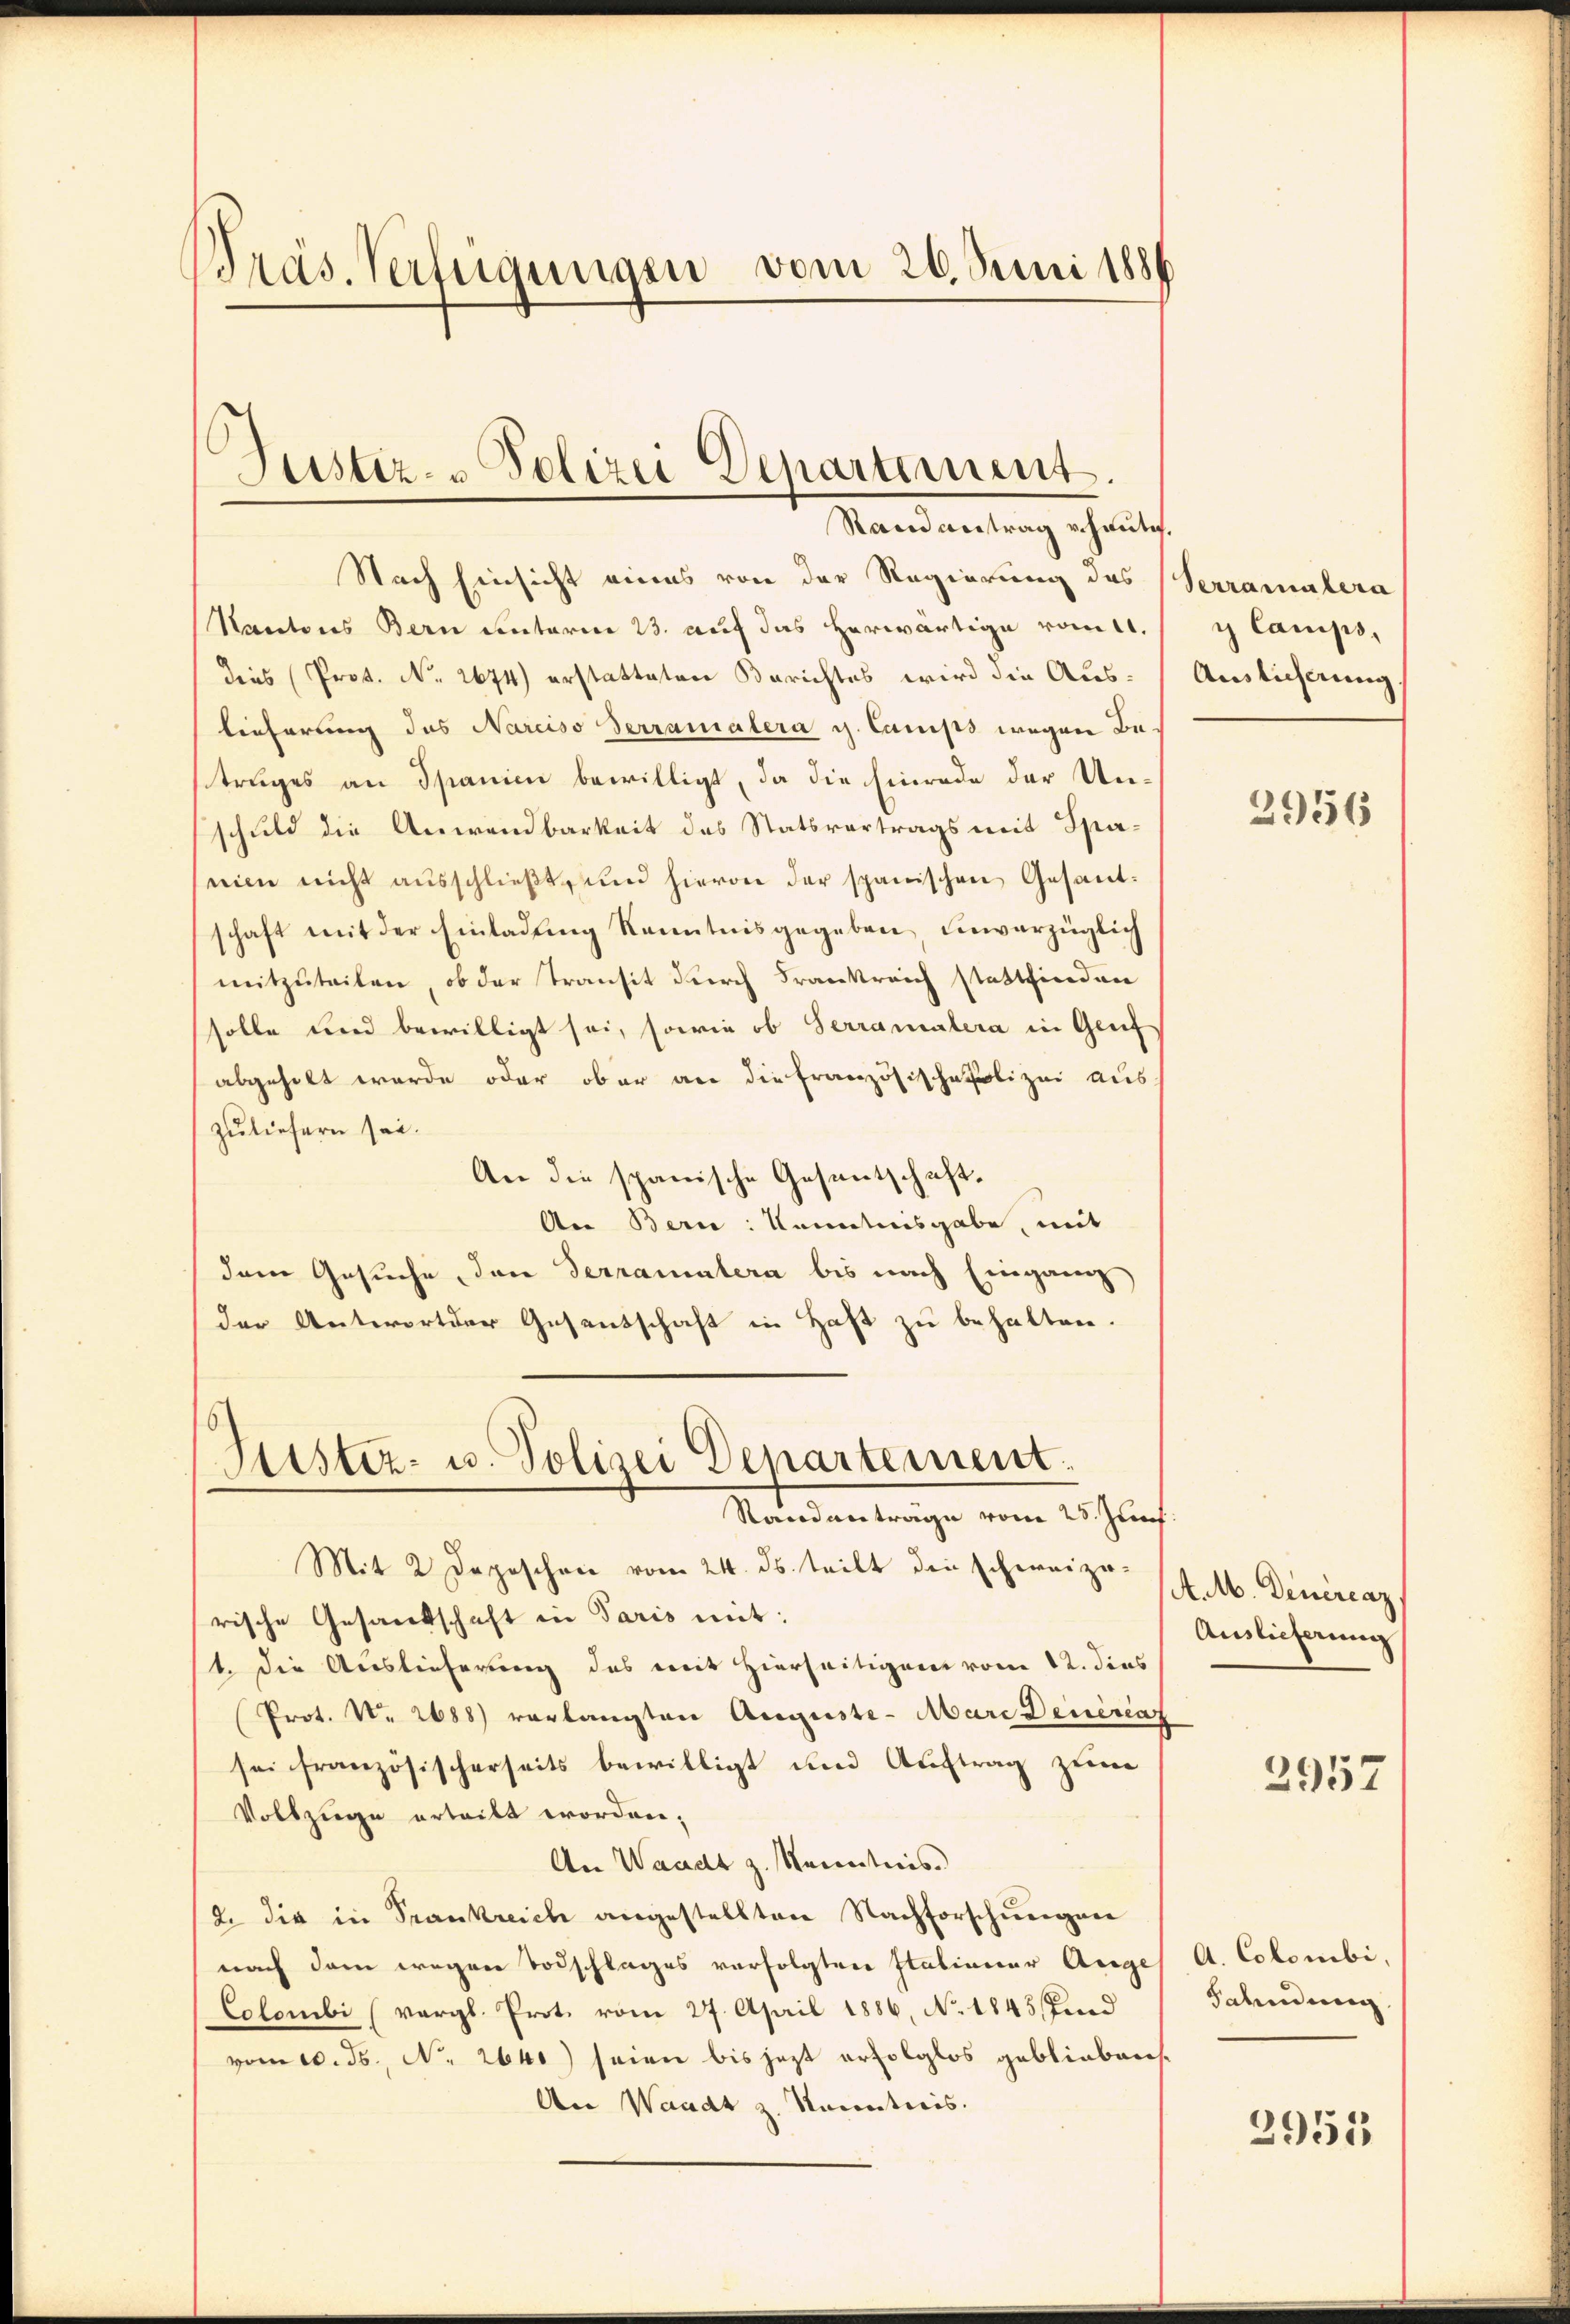
Bräs. Verfügungen vom 26. Juni 1886

h
Justiz- & Polizei Departement.
Stand antrag v. heutig.

Nach Einsicht eines von der Regierung des
Kantons Bern unterm 23. auf das herwärtige vom 11.
dees Prof. No. 2674) erstatteten Berichtes wird die Auslieferung des Narciso Terramalera g. Camiss wegen Betruges an Spanien bewilligt, da die Einrede der Unschuld die Anwendbarkeit des Statsvertrags mit Spanien nicht ausschließt, und hievon der spanischen Gesantschaft mit der Einladung Kenntnisgegeben unverzüglich
mitzuteilen, ob der Transit durch Frankreich stattfinden
solle und bewilligt sei, sowie ob Serramatera in Geif
abgeholt werde oder ober an die Französische Polizei aus
zuliefern sei.
An die spanische Gesentschaft¬
An Bern: Kenntnisgabe, mit
dem Gesuche, den Terramatera bis nach Eingang
der Antwort der Gesentschaft in Haft zu behalten.
Fister- u. Polizei Departement.
Randanträge vom 25. Zunf
Mit 2 Depeschen vom 24. ds. teilt den schweize- 4. M. Deneraz
rische Gesandschaft in Paris mit:
t. die Auslieferung des mit Hierseitigen vom 12. dies
Prot. N. 2688) verlangten Auguste- Marc Deuerenz
sei französischerseits bewilligt und Auftrag zum
Vollzuge erteilt worden;
An Waadt z. Kenntnis.
2. die in Trankreich angestellten Nachforschungen
nach dem wegen Todschlages verfolgten Stationer Ange
Colombi (vergl. Prot. vom 27. April 1886, No 1845 Kind
vom 10. ds., N. 2640) seien bis jezt erfolglos gebliebens.
An Waadt z. Kanntnis.

Verramatera
y Camps,
Auslieferung
2956

Auslieferung

2957

A. Colombi,
Fahndung

2955